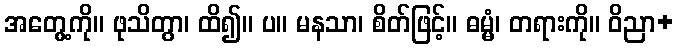
အတွေ့ကို။ ဖုသိတွာ၊ ထိ၍။ ပ။ မနသာ၊ စိတ်ဖြင့်။ ဓမ္မံ၊ တရားကို။ ဝိညာ+